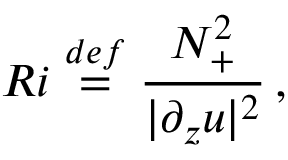
R i \ensuremath { \stackrel { \r { d e f } } { = } } \frac { N _ { + } ^ { 2 } } { | \partial _ { z } \b { u } | ^ { 2 } } \, ,